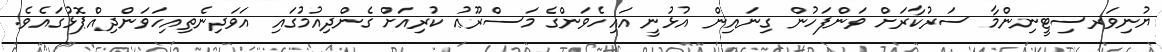
ޔުނިވަރސިޓީނިންމާ ސަރުކާރަށް ވަންފަހުން ގިނައިން އުޅުނީ އައިހެވަންގެ މަސްރޫޢު ކުރިއަށް ގެންދިއުމުގައި އަވަދިނެތިއިހަވަންދިއްޕޮޅުގައެވެ.